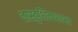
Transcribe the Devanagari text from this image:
वास्तुशिल्पशास्त्र